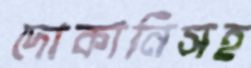
দোকানিসহ